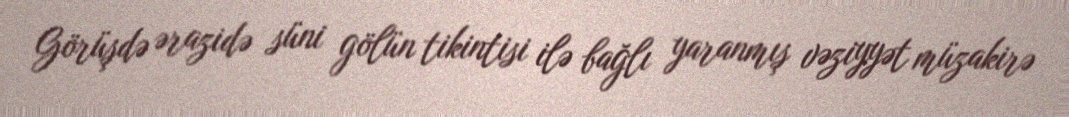
Görüşdə ərazidə süni gölün tikintisi ilə bağlı yaranmış vəziyyət müzakirə